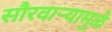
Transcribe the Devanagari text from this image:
सौरवाऱ्यामुळे